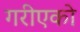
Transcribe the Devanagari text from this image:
गरीएको